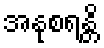
အနုစရန္တိ